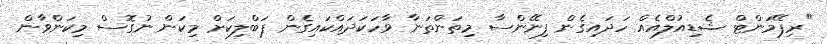
"ރިޕޭމަންޓް ޝެޑިއުލްއެއް ހަދައިގެން ފިނޭންސާ މިތަންތަނާ ވާހަކަދައްކައިގެން ޕަބްލިކަށް މިކަން ނުގޮސް މިކަންވާން